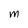
Character: M